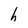
Character: h